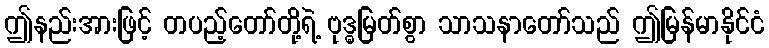
ဤနည်းအားဖြင့် တပည့်တော်တို့ရဲ့ ဗုဒ္ဓမြတ်စွာ သာသနာတော်သည် ဤမြန်မာနိုင်ငံ